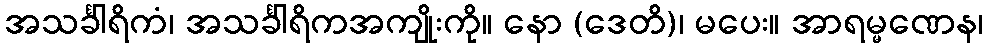
အသင်္ခါရိကံ၊ အသင်္ခါရိကအကျိုးကို။ နော (ဒေတိ)၊ မပေး။ အာရမ္မဏေန၊